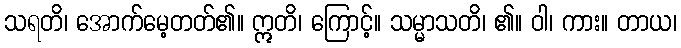
သရတိ၊ အောက်မေ့တတ်၏။ ဣတိ၊ ကြောင့်။ သမ္မာသတိ၊ ၏။ ဝါ၊ ကား။ တာယ၊